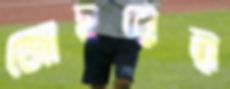
জোহরের